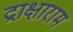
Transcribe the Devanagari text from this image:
द्राक्षाराम